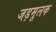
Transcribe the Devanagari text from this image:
जड़मूलक